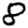
Digit: 8